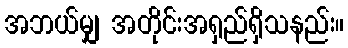
အဘယ်မျှ အတိုင်းအရှည်ရှိသနည်း။